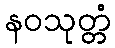
နဝသုတ္တံ